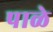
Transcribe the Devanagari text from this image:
पाळे